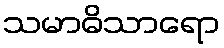
သမာဓိသာရော